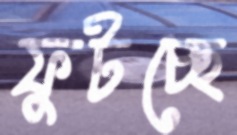
ফুটচ্ছে